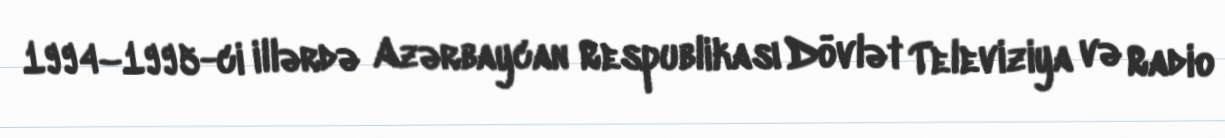
1994–1995-ci illərdə Azərbaycan Respublikası Dövlət Televiziya və Radio